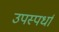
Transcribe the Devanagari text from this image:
उपस्पर्धा